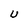
Character: U